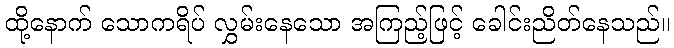
ထို့နောက် သောကရိပ် လွှမ်းနေသော အကြည့်ဖြင့် ခေါင်းညိတ်နေသည်။